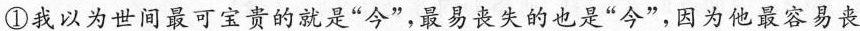
①我以为世间最可宝贵的就是”今”，最易丧失的也是”今”，因为他最容易丧